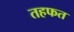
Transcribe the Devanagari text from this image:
तहफत